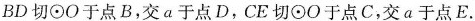
BD切⊙0于点B,交a于点D，CE切⊙O于点C,交a于点E.